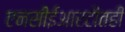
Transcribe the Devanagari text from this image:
एनसीईआरटीतही